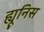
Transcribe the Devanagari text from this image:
ह्यूनिस